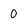
Character: 0